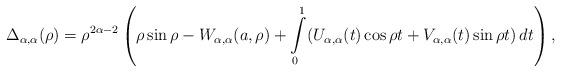
LaTeX: \begin{align*} \Delta_{\alpha,\alpha}(\rho)=\rho^{2\alpha-2}\left(\rho \sin\rho-W_{\alpha,\alpha}(a,\rho)+\int\limits_{0}^{1}(U_{\alpha,\alpha}(t)\cos \rho t+V_{\alpha,\alpha}(t)\sin \rho t)\,dt\right),\end{align*}